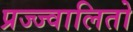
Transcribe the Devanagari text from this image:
प्रज्ज्वालितो